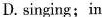
D.singing;in